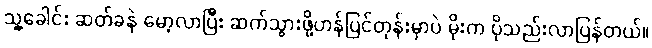
သူ့ခေါင်း ဆတ်ခနဲ မော့လာပြီး ဆက်သွားဖို့ဟန်ပြင်တုန်းမှာပဲ မိုးက ပိုသည်းလာပြန်တယ်။